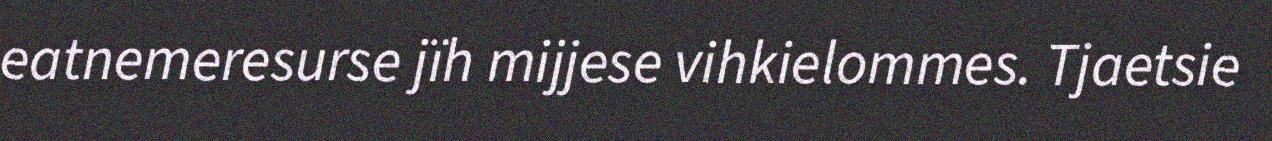
eatnemeresurse jïh mijjese vihkielommes. Tjaetsie